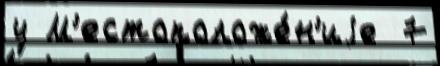
у М'естоположе́н'иjе  7